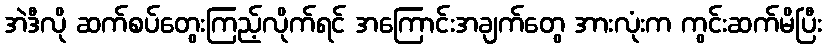
အဲဒီလို ဆက်စပ်တွေးကြည့်လိုက်ရင် အကြောင်းအချက်တွေ အားလုံးက ကွင်းဆက်မိပြီး